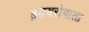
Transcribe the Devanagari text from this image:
हृदयरोगाला